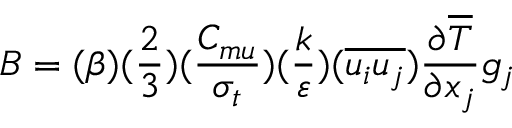
B = ( \beta ) ( \frac { 2 } { 3 } ) ( \frac { C _ { m u } } { \sigma _ { t } } ) ( \frac { k } { \varepsilon } ) ( \overline { { u _ { i } u _ { j } } } ) \frac { \partial \overline { { T } } } { \partial x _ { j } } g _ { j }